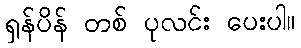
ရှန်ပိန် တစ် ပုလင်း ပေးပါ။